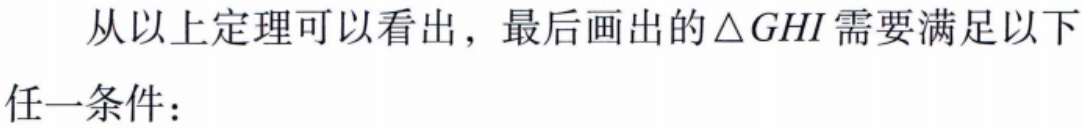
从以上定理可以看出，最后画出的\(\triangle GHI\)需要满足以下任一条件：